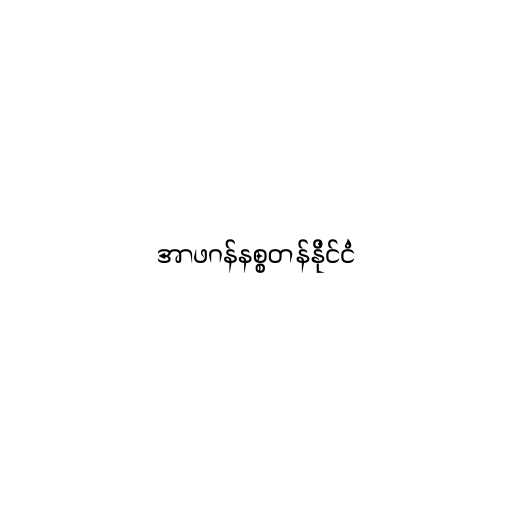
အာဖဂန်နစ္စတန်နိုင်ငံ